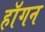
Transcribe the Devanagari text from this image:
हाॅगन